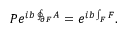
P e ^ { i b \oint _ { \partial { \cal F } } A } = e ^ { i b \int _ { { \cal F } } F } .